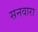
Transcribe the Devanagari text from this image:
सनवारा